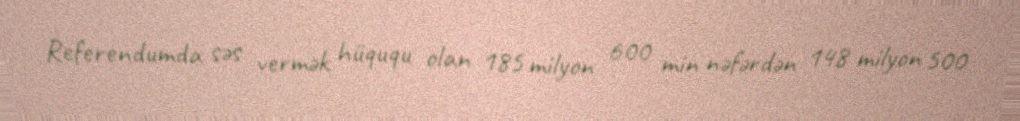
Referendumda səs vermək hüququ olan 185 milyon 600 min nəfərdən 148 milyon 500